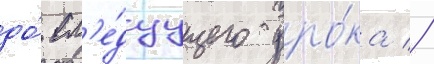
до́ сл'е́дуущего уро́ка //